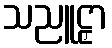
သညူဠှာ